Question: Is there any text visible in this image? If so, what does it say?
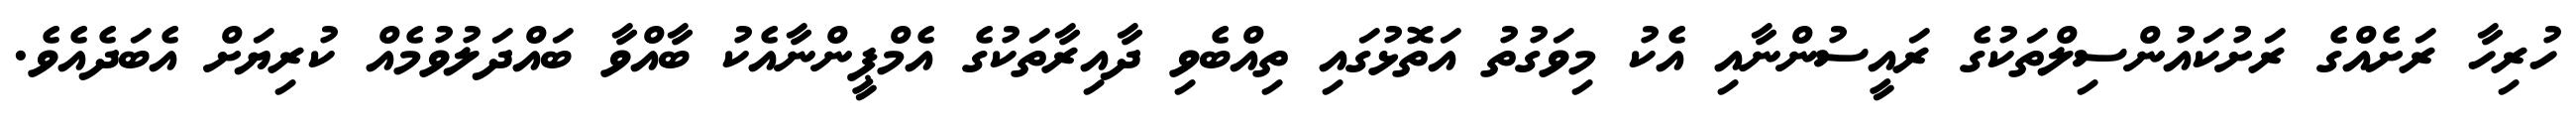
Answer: ހުރިހާ ރަށެއްގެ ރަށުކައުންސިލްތަކުގެ ރައީސުންނާއި އެކު މިވަގުތު އަތޮޅުގައި ތިއްބެވި ދާއިރާތަކުގެ އެމްޕީންނާއެކު ބާއްވާ ބައްދަލުވުމެއް ކުރިޔަށް އެބަދެއެވެ.